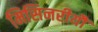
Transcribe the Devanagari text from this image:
मिसिनरीयौं